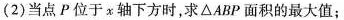
(2)当点P位于x轴下方时，求△ABP面积的最大值；